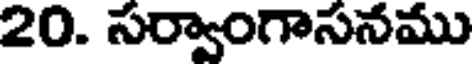
20. సర్వాంగాసనము